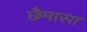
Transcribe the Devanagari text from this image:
छैमासा